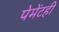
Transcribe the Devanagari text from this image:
पेमेंटही